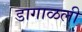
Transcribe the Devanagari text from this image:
डागाळली